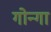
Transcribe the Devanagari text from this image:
गोन्गा